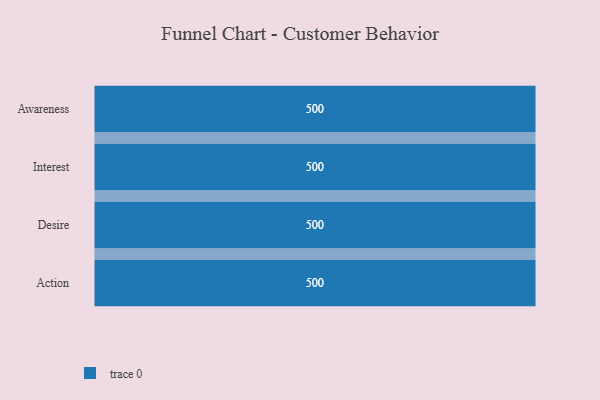
{"axis": {"x": "Stage", "y": "Value"}, "legend": [""], "data": [{"x": "Awareness", "y": 500, "type": ""}, {"x": "Interest", "y": 500, "type": ""}, {"x": "Desire", "y": 500, "type": ""}, {"x": "Action", "y": 500, "type": ""}]}